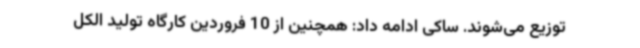
توزیع می‌شوند. ساکی ادامه داد: همچنین از 10 فروردین کارگاه تولید الکل